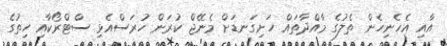
އާއި އެހެނިހެން ތެލުގެ މާއްދާތައް ހަށިގަނޑަށް މެނޭޖް ކުރަން ހުރަސްއެޅި ސްޓްރޯކާއި ހިތުގެ